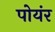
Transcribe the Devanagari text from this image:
पोयंर